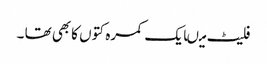
فلیٹ میںایک کمرہ کتوں کابھی تھا ۔